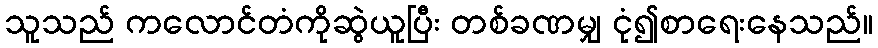
သူသည် ကလောင်တံကိုဆွဲယူပြီး တစ်ခဏမျှ ငုံ၍စာရေးနေသည်။